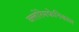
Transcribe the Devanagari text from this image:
क्लोरेमफेनिकाल